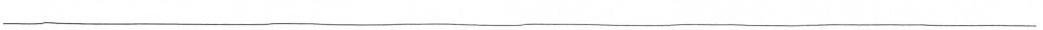
___